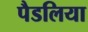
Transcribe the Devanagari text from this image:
पैडलिया